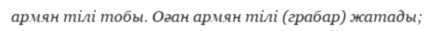
армян тілі тобы. Оған армян тілі (грабар) жатады;